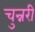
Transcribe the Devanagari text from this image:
चुन्नरी